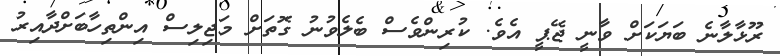
ރޫޅާލާނެ ބަޔަކަށް ވާނީ ޖޭޕީ އެވެ. ކުރިންވެސް ބެލެވުނު ގޮތަށް މަޖިލިސް އިންތިހާބަށްދާއިރު